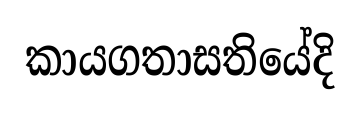
කායගතාසතියේදි